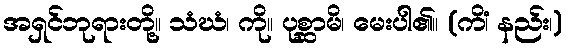
အရှင်ဘုရားတို့။ သံဃံ၊ ကို။ ပုစ္ဆာမိ၊ မေးပါ၏။ (ကိံ၊ နည်း၊)